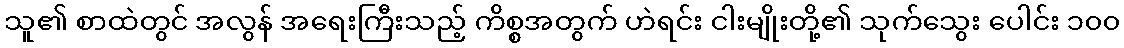
သူ၏ စာထဲတွင် အလွန် အရေးကြီးသည့် ကိစ္စအတွက် ဟဲရင်း ငါးမျိုးတို့၏ သုက်သွေး ပေါင်း ၁၀၀